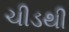
ચીડથી